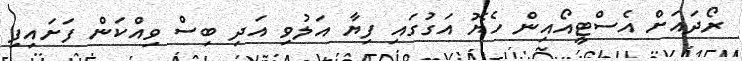
ރޯދައަށް އެސްޓީއޯއިން ހެޔޮ އަގުގައި ފިޔާ އަލުވި އަދި ބިސް ވިއްކަން ފަށައިފި